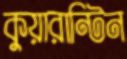
কুয়ারান্টিন